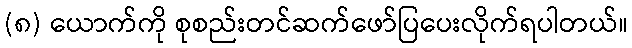
(၈) ယောက်ကို စုစည်းတင်ဆက်ဖော်ပြပေးလိုက်ရပါတယ်။